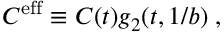
C ^ { \mathrm { e f f } } \equiv C ( t ) g _ { 2 } ( t , 1 / b ) \; ,